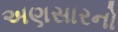
અણસારનો